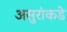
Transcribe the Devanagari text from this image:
असुरांकडे